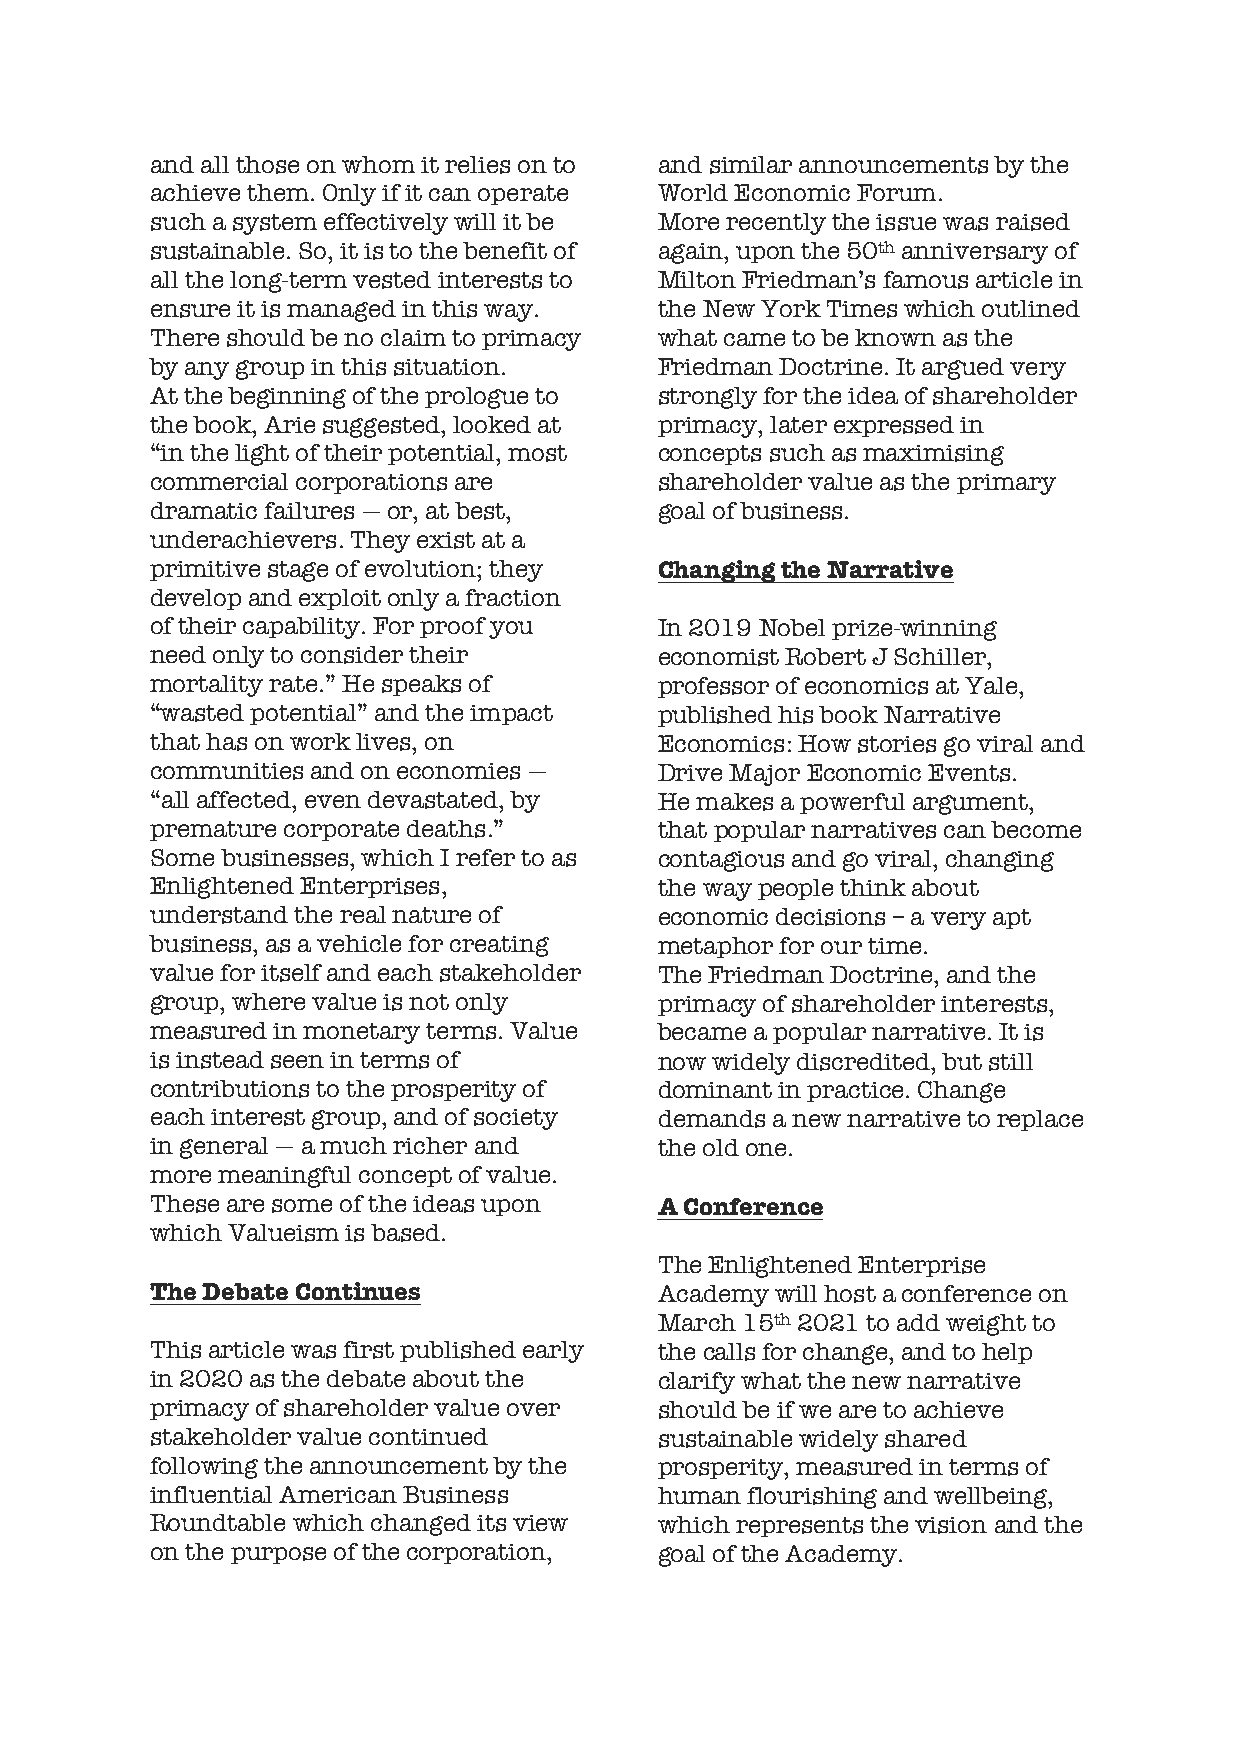
and all those on whom it relies on to and similar announcements by the
 achieve them. Only if it can operate World Economic Forum.
 such a system effectively will it be More recently the issue was raised
 sustainable. So, it is to the benefit of again, upon the 50th anniversary of
 all the long-term vested interests to Milton Friedman’s famous article in
 ensure it is managed in this way. the New York Times which outlined
 There should be no claim to primacy what came to be known as the
 by any group in this situation.   Friedman Doctrine. It argued very
 At the beginning of the prologue to strongly for the idea of shareholder
 the book, Arie suggested, looked at primacy, later expressed in
 “in the light of their potential, most concepts such as maximising
 commercial corporations are       shareholder value as the primary
 dramatic failures — or, at best,  goal of business.
 underachievers. They exist at a
 primitive stage of evolution; they Changing the Narrative
 develop and exploit only a fraction
 of their capability. For proof you In 2019 Nobel prize-winning
 need only to consider their       economist Robert J Schiller,
 mortality rate.” He speaks of     professor of economics at Yale,
 “wasted potential” and the impact published his book Narrative
 that has on work lives, on        Economics: How stories go viral and
 communities and on economies —    Drive Major Economic Events.
 “all affected, even devastated, by He makes a powerful argument,
 premature corporate deaths.”      that popular narratives can become
 Some businesses, which I refer to as contagious and go viral, changing
 Enlightened Enterprises,          the way people think about
 understand the real nature of     economic decisions – a very apt
 business, as a vehicle for creating metaphor for our time.
 value for itself and each stakeholder The Friedman Doctrine, and the
 group, where value is not only    primacy of shareholder interests,
 measured in monetary terms. Value became a popular narrative. It is
 is instead seen in terms of       now widely discredited, but still
 contributions to the prosperity of dominant in practice. Change
 each interest group, and of society demands a new narrative to replace
 in general — a much richer and    the old one.
 more meaningful concept of value.
 These are some of the ideas upon  A Conference
 which Valueism is based.
 The Enlightened Enterprise
 The Debate Continues              Academy will host a conference on
 March 15th 2021 to add weight to
 This article was first published early the calls for change, and to help
 in 2020 as the debate about the   clarify what the new narrative
 primacy of shareholder value over should be if we are to achieve
 stakeholder value continued       sustainable widely shared
 following the announcement by the prosperity, measured in terms of
 influential American Business     human flourishing and wellbeing,
 Roundtable which changed its view which represents the vision and the
 on the purpose of the corporation, goal of the Academy.